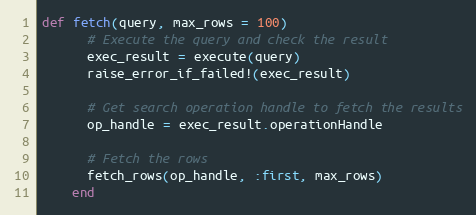
Language: Ruby
def fetch(query, max_rows = 100)
      # Execute the query and check the result
      exec_result = execute(query)
      raise_error_if_failed!(exec_result)

      # Get search operation handle to fetch the results
      op_handle = exec_result.operationHandle

      # Fetch the rows
      fetch_rows(op_handle, :first, max_rows)
    end